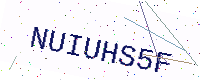
Text: NUIUHS5F